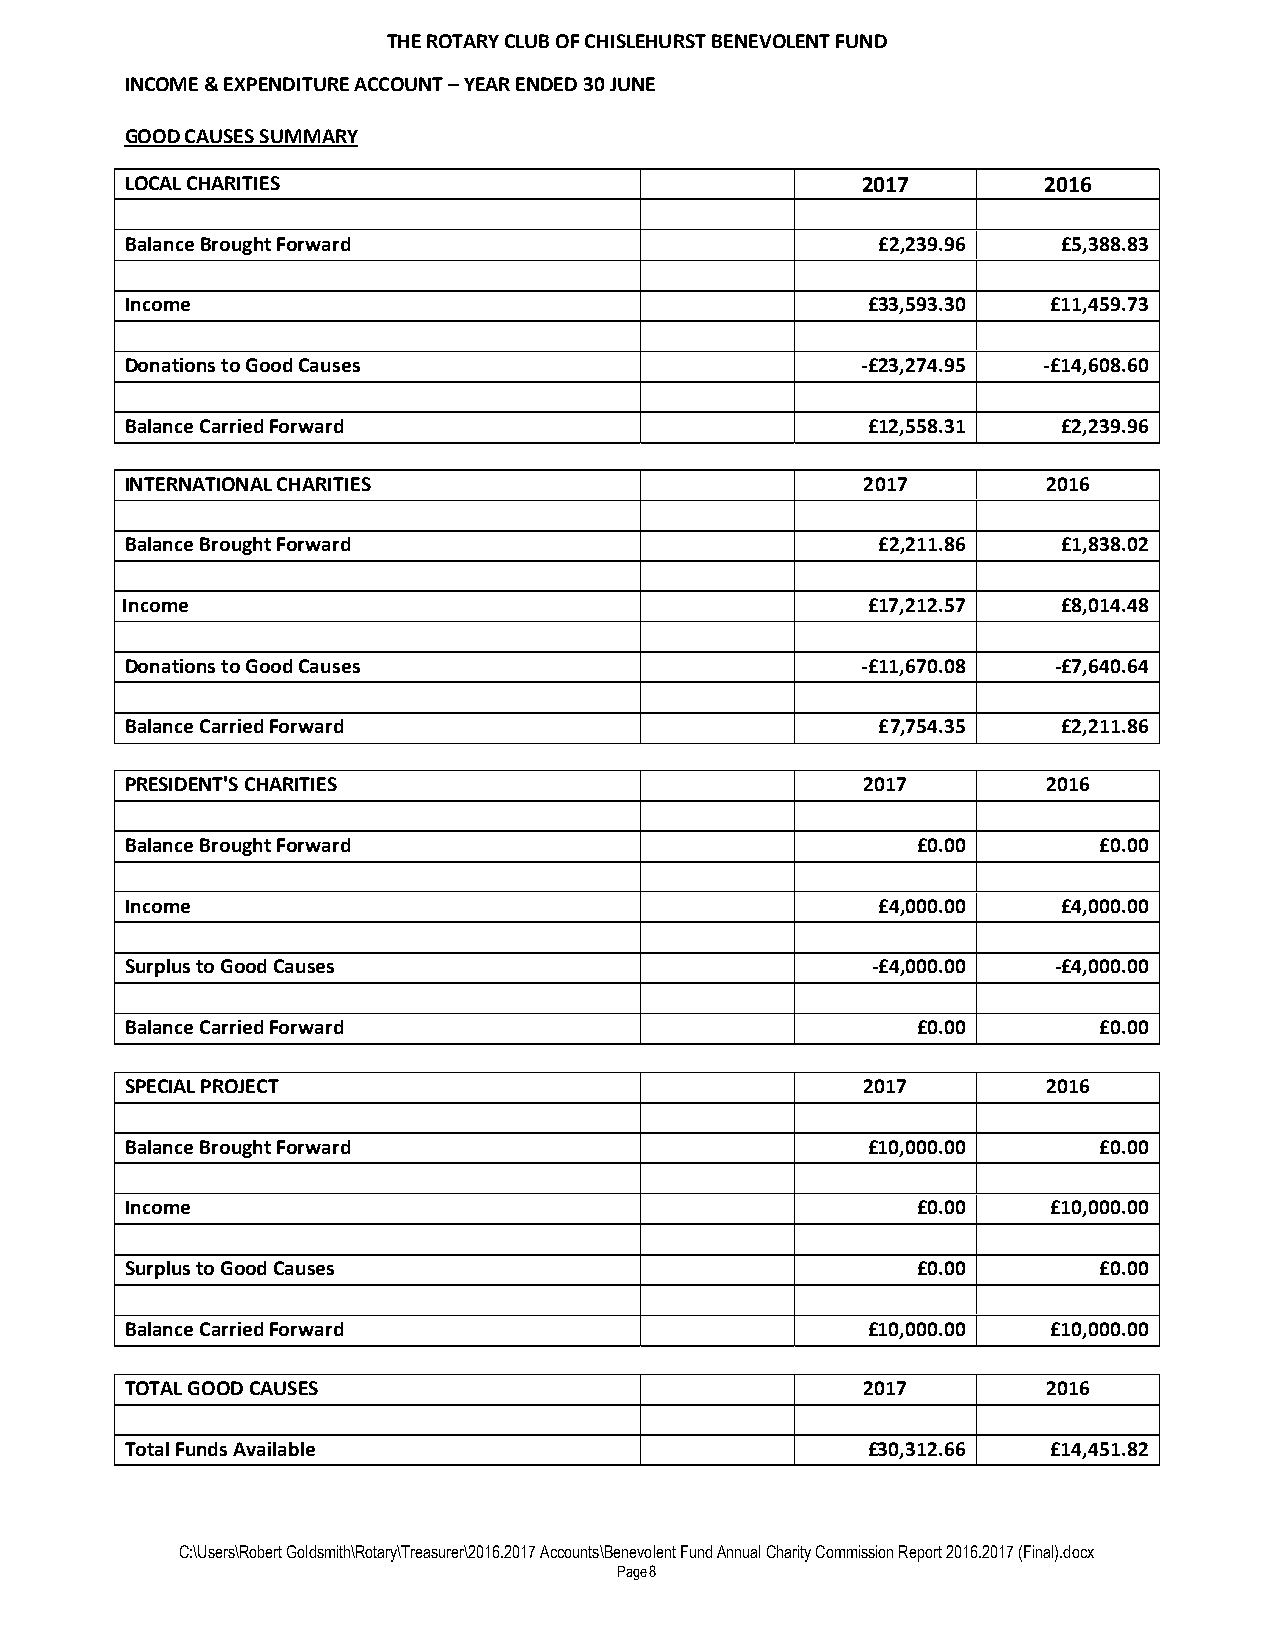
THE ROTARY CLUB OF CHISLEHURST BENEVOLENT FUND
 INCOME & EXPENDITURE ACCOUNT – YEAR ENDED 30 JUNE
 GOOD CAUSES SUMMARY
 LOCAL CHARITIES                                  2017        2016
 Balance Brought Forward                           £2,239.96   £5,388.83
 Income                                           £33,593.30   £11,459.73
 Donations to Good Causes                         -£23,274.95 -£14,608.60
 Balance Carried Forward                          £12,558.31   £2,239.96
 INTERNATIONAL CHARITIES                          2017        2016
 Balance Brought Forward                           £2,211.86   £1,838.02
 In Income                                          £17,212.57   £8,014.48
 Donations to Good Causes                         -£11,670.08  -£7,640.64
 Balance Carried Forward                           £7,754.35   £2,211.86
 PRESIDENT'S CHARITIES                            2017        2016
 Balance Brought Forward                              £0.00       £0.00
 Income                                            £4,000.00   £4,000.00
 Surplus to Good Causes                            -£4,000.00  -£4,000.00
 Balance Carried Forward                              £0.00       £0.00
 SPECIAL PROJECT                                  2017        2016
 Balance Brought Forward                          £10,000.00      £0.00
 Income                                               £0.00    £10,000.00
 Surplus to Good Causes                               £0.00       £0.00
 Balance Carried Forward                          £10,000.00   £10,000.00
 TOTAL GOOD CAUSES                                2017        2016
 Total Funds Available                            £30,312.66   £14,451.82
 C:\Users\Robert Goldsmith\Rotary\Treasurer\2016.2017 Accounts\Benevolent Fund Annual Charity Commission Report 2016.2017 (Final).docx
 Page8